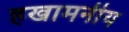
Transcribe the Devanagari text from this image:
हखामनीय